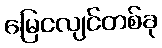
မြေငလျင်တစ်ခု